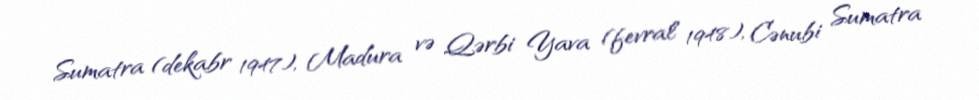
Sumatra (dekabr 1947), Madura və Qərbi Yava (fevral 1948), Cənubi Sumatra